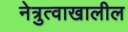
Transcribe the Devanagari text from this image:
नेत्रुत्वाखालील